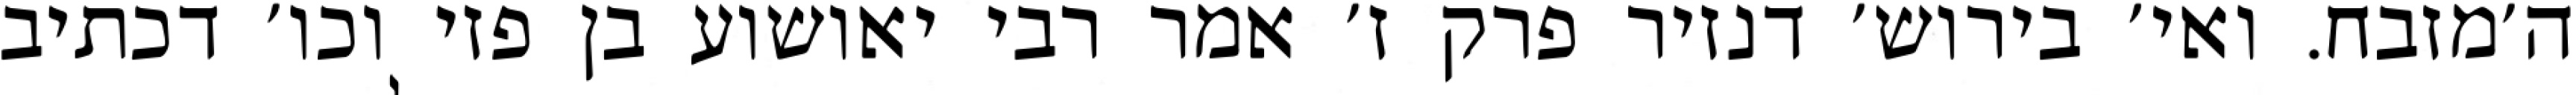
ה׳מזבח. ואי׳ בירוש׳ דנזיר פרק ז׳ אמר רבי יאושוע בן פזי וכו׳ דכתיב